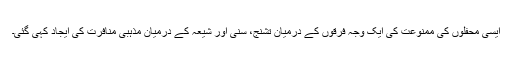
ایسی محفلوں کی ممنوعت کی ایک وجہ فرقوں کے درمیان تشنج، سنی اور شیعہ کے درمیان مذہبی منافرت کی ایجاد کہی گئی۔